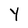
Character: Y